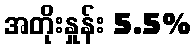
အတိုးနှုန်း 5.5%